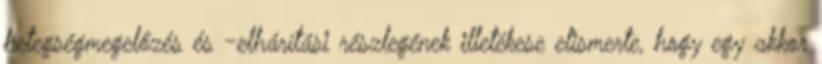
betegségmegelőzés és -elhárítási részlegének illetékese elismerte, hogy egy akkor